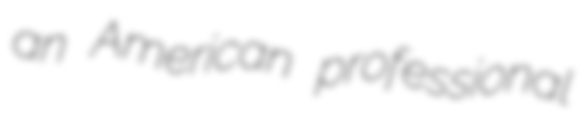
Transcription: an American professional